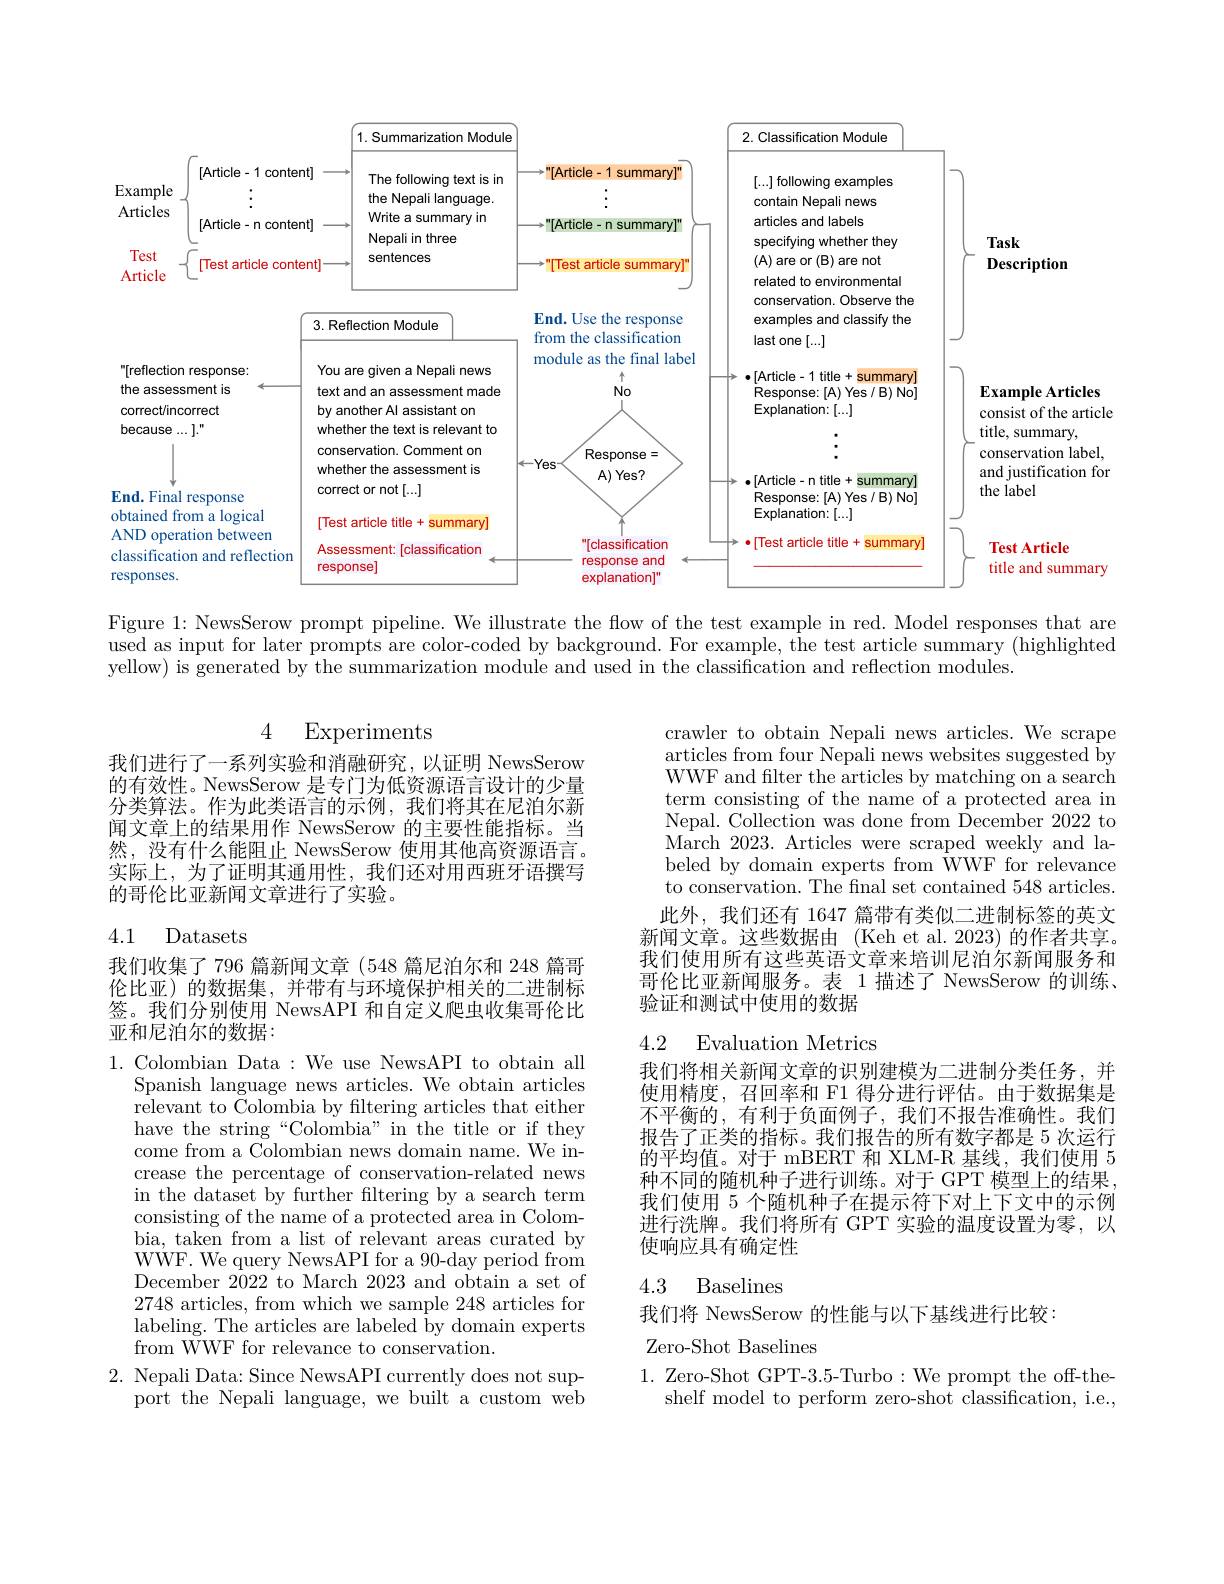
<FigureHere>

Figure 1: NewsSerow prompt pipeline. We illustrate the flow of the test example in red. Model responses that are used as input for later prompts are color-coded by background. For example, the test article summary (highlighted yellow) is generated by the summarization module and used in the classification and reflection modules.

4 Experiments

我们进行了一系列实验和消融研究，以证明 NewsSerow 的有效性。NewsSerow 是专门为低资源语言设计的少量分类算法。作为此类语言的示例，我们将其在尼泊尔新闻文章上的结果用作 NewsSerow 的主要性能指标。当然，没有什么能阻止 NewsSerow 使用其他高资源语言。实际上，为了证明其通用性，我们还对用西班牙语撰写的哥伦比亚新闻文章进行了实验。

crawler to obtain Nepali news articles. We scrape articles from four Nepali news websites suggested by WWF and flter the articles by matching on a search term consisting of the name of a protected area in Nepal. Collection was done from December 2022 to March 2023. Articles were scraped weekly and labeled by domain experts from WWF for relevance to conservation. The final set contained 548 articles. 此外，我们还有 1647 篇带有类似二进制标签的英文
新闻文章。这些数据由 (Keh et al.2023) 的作者共享。我们使用所有这些英语文章来培训尼泊尔新闻服务和哥伦比亚新闻服务。表 1 描述了 NewsSerow 的训练、 验证和测试中使用的数据

# 4.1 Datasets

我们收集了 796 篇新闻文章 (548 篇尼泊尔和 248 篇哥伦比亚)的数据集，并带有与环境保护相关的二进制标签。我们分别使用 NewsAPI 和自定义爬虫收集哥伦比亚和尼泊尔的数据：

## 4.2 Evaluation Metrics

我们将相关新闻文章的识别建模为二进制分类任务，并使用精度，召回率和 F1 得分进行评估。由于数据集是不平衡的，有利于负面例子，我们不报告准确性。我们报告了正类的指标。我们报告的所有数字都是 5 次运行的平均值。对于 mBERT 和 XLM-R 基线，我们使用 5种不同的随机种子进行训练。对于 GPT 模型上的结果我们使用 5 个随机种子在提示符下对上下文中的示例进行洗牌。我们将所有 GPT 实验的温度设置为零，以使响应具有确定性

1. Colombian Data : We use NewsAPI to obtain all
Spanish language news articles. We obtain articles relevant to Colombia by filtering articles that either have the string“Colombia”in the title or if they come from a Colombian news domain name. We increase the percentage of conservation-related news in the dataset by further filtering by a search term consisting of the name of a protected area in Colombia, taken from a list of relevant areas curated by WWF. We query NewsAPI for a 90-day period from December 2022 to March 2023 and obtain a set of 2748 articles, from which we sample 248 articles for labeling. The articles are labeled by domain experts from WWF for relevance to conservation.
2. Nepali Data: Since NewsAPI currently does not sup-
port the Nepali language, we built a custom web

# 4.3 Baselines

我们将 NewsSerow 的性能与以下基线进行比较：
Zero-Shot Baselines

1. Zero-Shot GPT-3.5-Turbo:We prompt the off-the-
shelf model to perform zero-shot classification, i.e.,